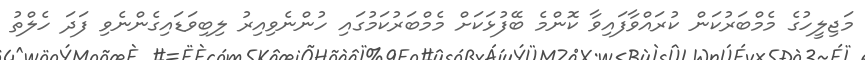
މަޖިލީހުގެ މެމްބަރުކަން ކުރައްވާފައިވާ ކޮންމެ ބޭފުޅަކަށް މެމްބަރުކަމުގައި ހުންނެވިއިރު ލިބިވަޑައިގެންނެވި ފަދަ ހެލްތު